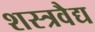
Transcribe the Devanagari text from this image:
शस्त्रवैद्य